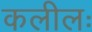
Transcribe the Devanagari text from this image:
कलीलः